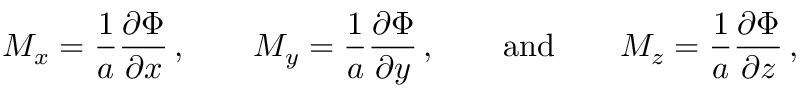
M _ { x } = { \frac { 1 } { a } } { \frac { \partial \Phi } { \partial x } } \, , \qquad M _ { y } = { \frac { 1 } { a } } { \frac { \partial \Phi } { \partial y } } \, , \qquad { \mathrm { a n d } } \qquad M _ { z } = { \frac { 1 } { a } } { \frac { \partial \Phi } { \partial z } } \, ,